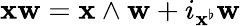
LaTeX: \mathbf{x}\mathbf{{w}}=\mathbf{x}\wedge\mathbf{{w}}+i_{\mathbf{x}^{\flat}}\mathbf{{w}}